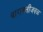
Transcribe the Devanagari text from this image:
बारामतीजवळ